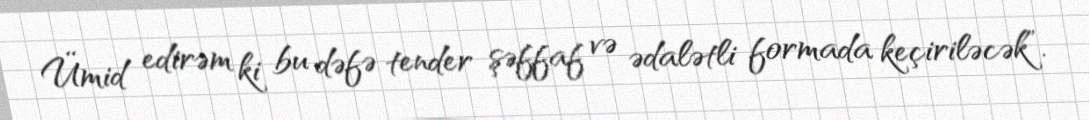
Ümid edirəm ki bu dəfə tender şəffaf və ədalətli formada keçiriləcək”.